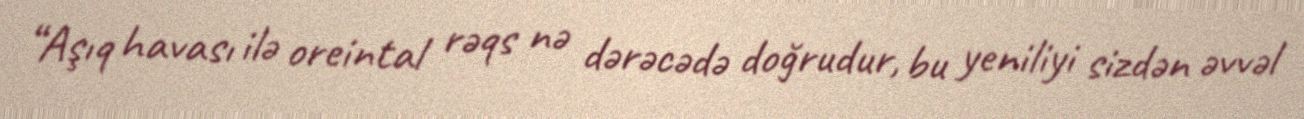
“Aşıq havası ilə oreintal rəqs nə dərəcədə doğrudur, bu yeniliyi sizdən əvvəl